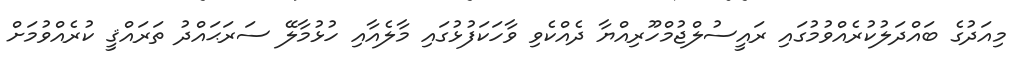
މިއަދުގެ ބައްދަލުކުރެއްވުމުގައި ރައީސުލްޖުމްހޫރިއްޔާ ދެއްކެވި ވާހަކަފުޅުގައި މާލެއާއި ހުޅުމާލޭ ސަރަޙައްދު ތަރައްޤީ ކުރެއްވުމަށް